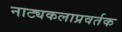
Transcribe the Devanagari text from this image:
नाट्यकलाप्रवर्तक